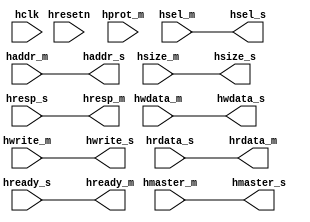
module transmonitor_dummy (
  input   wire        hclk,
  input   wire        hresetn,
// AHB-LITE MASTER PORT --------------
  input   wire [31:0] hmaster_m,           // AHB transfer: non-sequential only
  input   wire        hsel_m,
  input   wire [31:0] haddr_m,             // AHB transaction address
  input   wire [2:0]  hsize_m,             // AHB size: byte, half-word or word
  input   wire [3:0]  hprot_m,
  input   wire [31:0] hwdata_m,            // AHB write-data
  input   wire        hwrite_m,            // AHB write control
  output  reg  [31:0] hrdata_m,            // AHB read-data
  output  reg         hready_m,            // AHB stall signal
  output  reg         hresp_m,             // AHB error response

  // AHB-LITE SLAVE PORT --------------
  output wire        hsel_s,            // AHB transfer: non-sequential only
  output wire [31:0] hmaster_s,         // AHB transaction address
  output wire [31:0] haddr_s,             // AHB transaction address
  output wire [ 2:0] hsize_s,             // AHB size: byte, half-word or word
  output wire [31:0] hwdata_s,            // AHB write-data
  output wire        hwrite_s,            // AHB write control
  input  wire [31:0] hrdata_s,            // AHB read-data
  input  wire        hready_s,            // AHB stall signal
  input  wire        hresp_s              // AHB error response
);

//----------------------------------
//wire and localparam declaration
//----------------------------------

 wire                      hsel_loc;
 wire                      hwrite_loc;
 wire [31:0]               hrdata_loc;
 wire [31:0]               hwdata_loc;
 wire [31:0]               haddr_loc;

 reg                       hresp_loc;
 reg                       hready_loc;


 reg [7:0]  hmaster_d;
 reg [31:0] haddr_m_d;
 reg [2:0]  hsize_m_d;
 reg [3:0]  hprot_m_d;
 reg [31:0] hwdata_m_d;
 reg        hwrite_m_d;
 reg        hsel_m_d;

 assign hready_m = hready_s;
 assign hresp_m  = hresp_s;
 assign hrdata_m = hrdata_s;

 assign hsel_s    = hsel_m;
 assign haddr_s   = haddr_m;
 assign hmaster_s = hmaster_m;
 assign hwdata_s  = hwdata_m;
 assign hwrite_s  = hwrite_m;
 assign hsize_s   = hsize_m;


endmodule